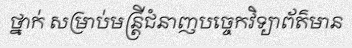
ថ្នាក់ សម្រាប់មន្ត្រីជំនាញបច្ចេកវិទ្យាព័ត៌មាន